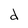
Character: d